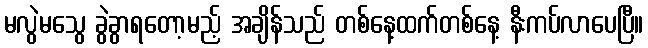
မလွဲမသွေ ခွဲခွာရတော့မည့် အချိန်သည် တစ်နေ့ထက်တစ်နေ့ နီးကပ်လာပေပြီ။